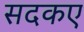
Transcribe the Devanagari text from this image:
सदकए